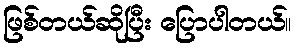
ဖြစ်တယ်ဆိုပြီး ပြောပါတယ်။